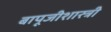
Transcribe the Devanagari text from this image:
बापूजीशास्त्री